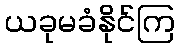
ယခုမခံနိုင်ကြ